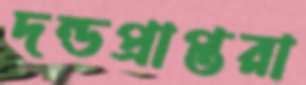
দন্ডপ্রাপ্তরা